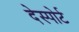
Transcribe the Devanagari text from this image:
देस्पोर्ट